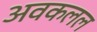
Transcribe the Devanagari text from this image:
अवकलल